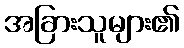
အခြားသူများ၏